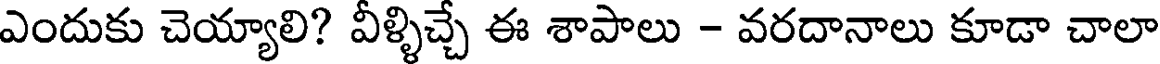
ఎందుకు చెయ్యాలి? వీళ్ళిచ్చే ఈ శాపాలు - వరదానాలు కూడా చాలా